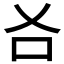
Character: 𠮣